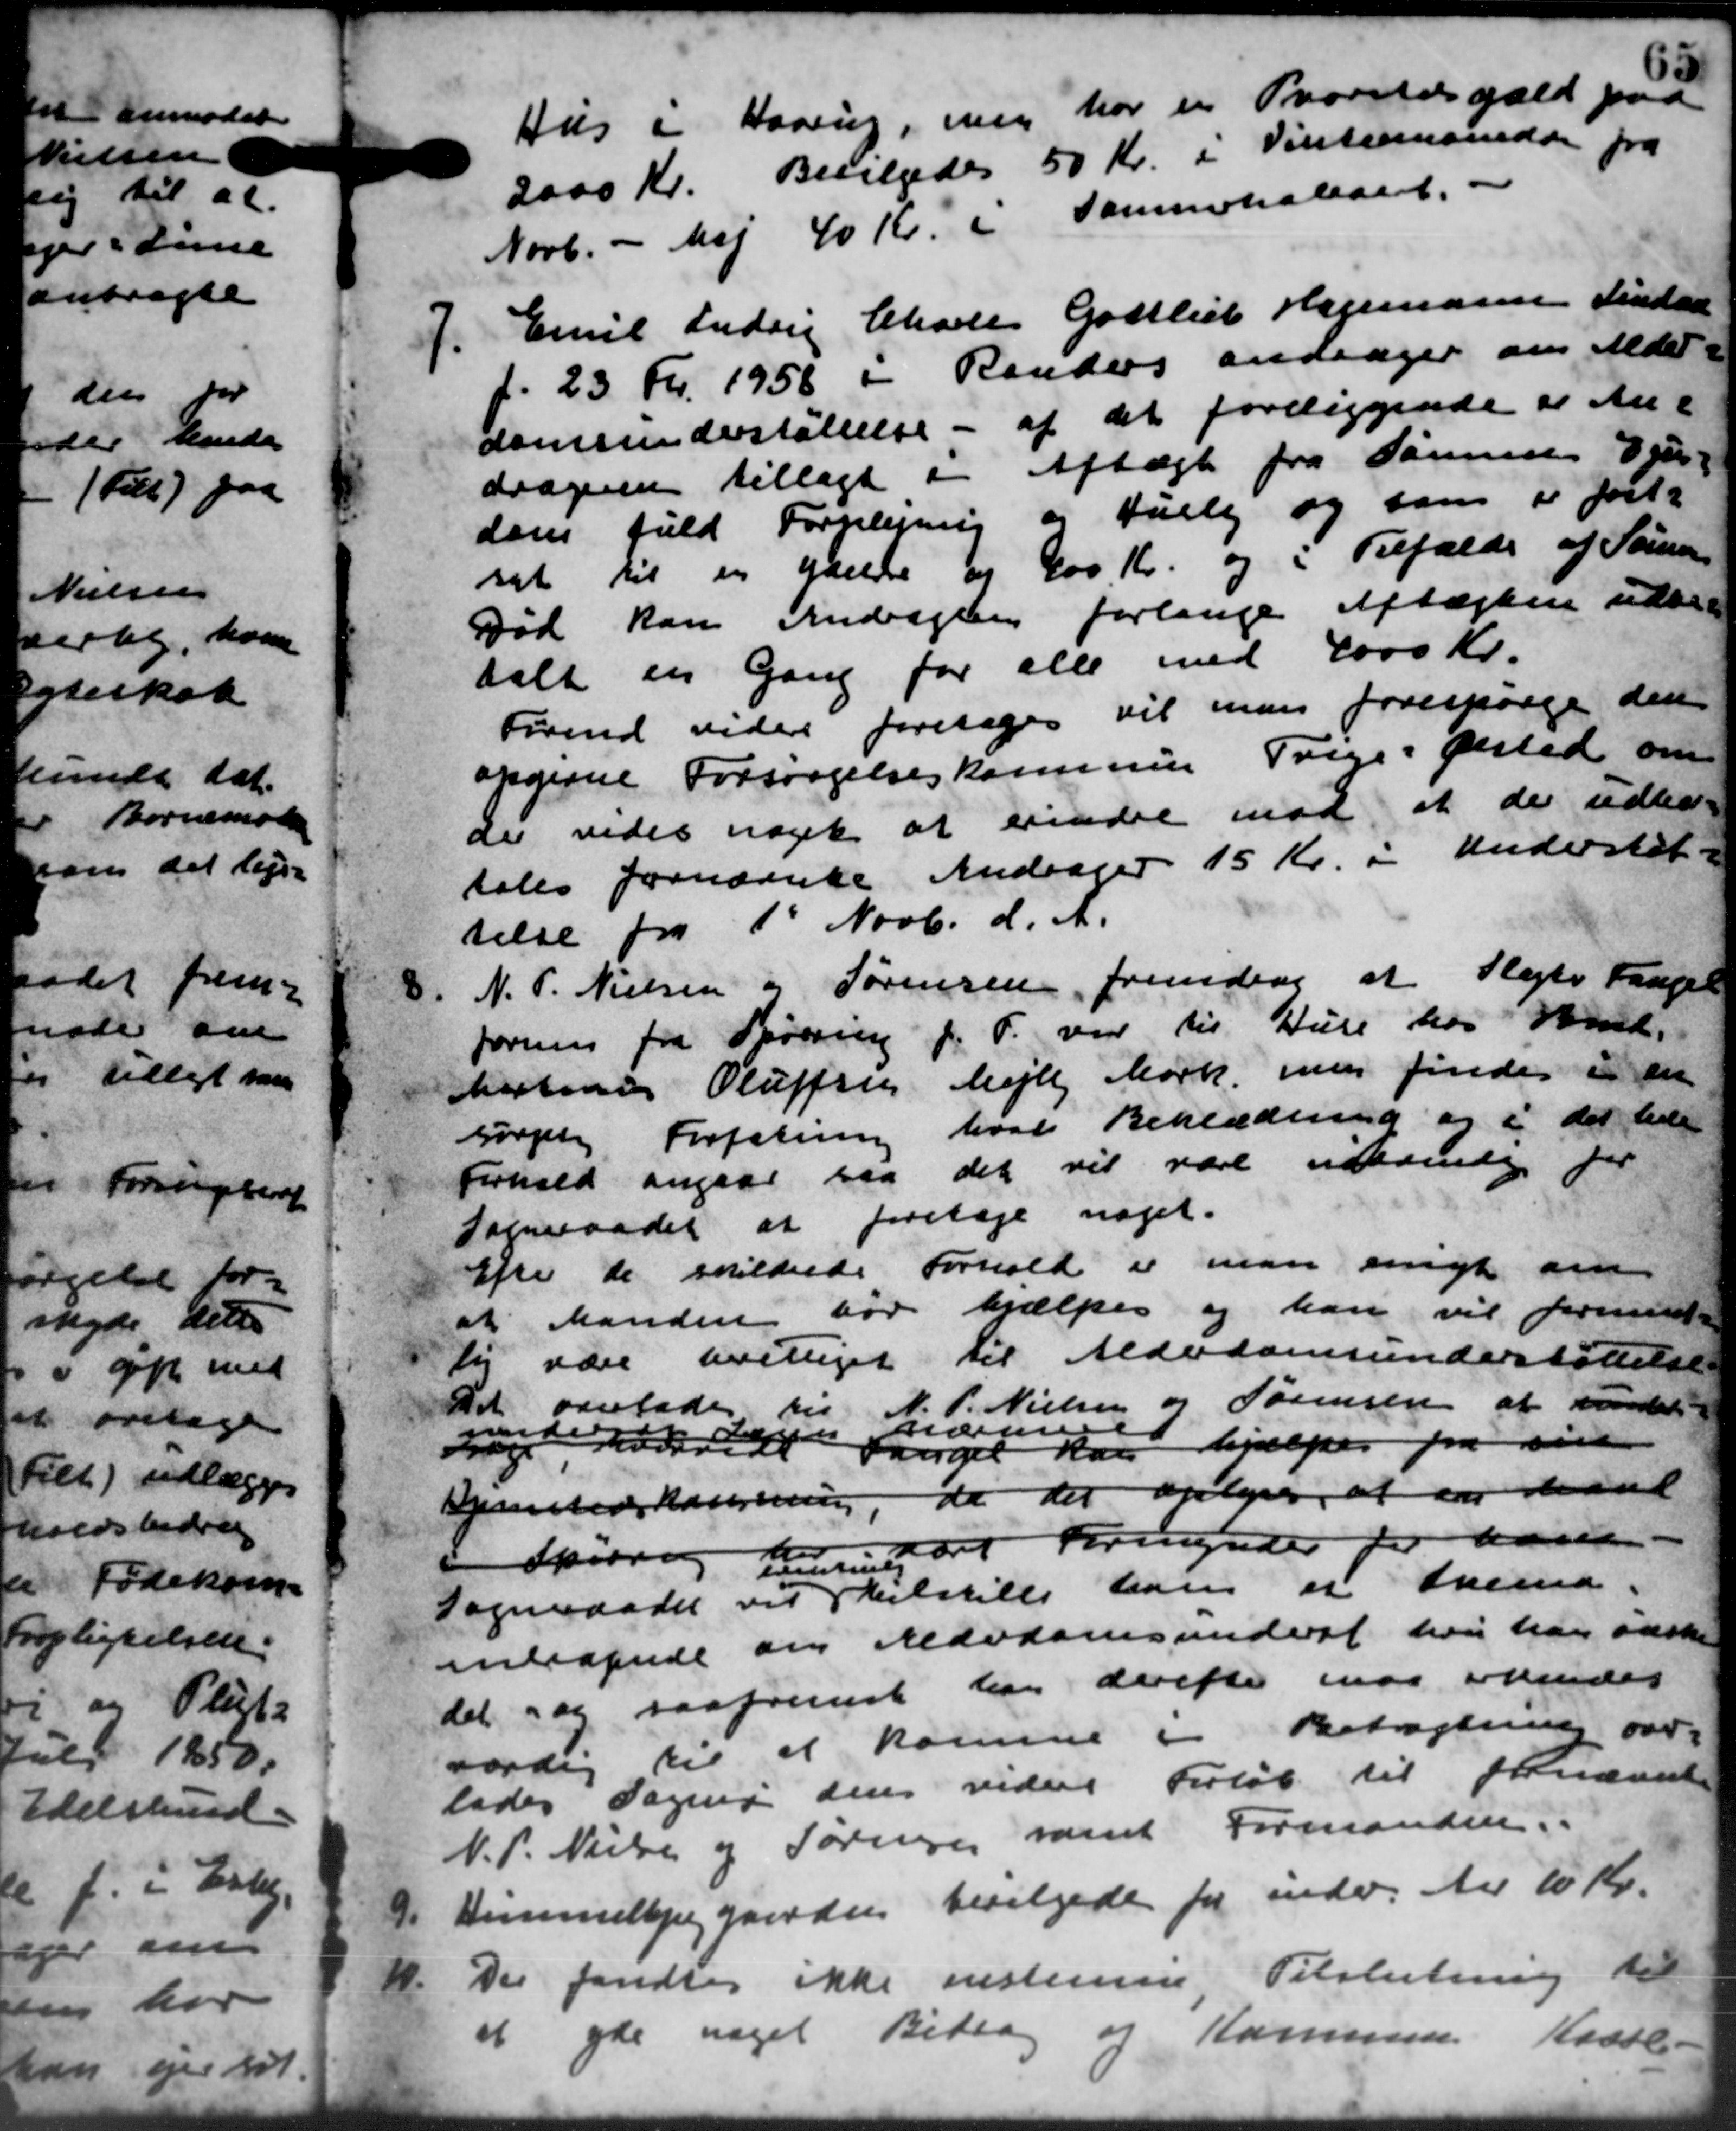
Transskription:
Hus i Haarup, men har en Proveldsgæld paa
2000 Kr. Bevilgedes 50 Kr. i Vintermanden fra
Novb. - Maj 40 Kr. i Sammekalset. -

Emil Ludvig Charles Gottlieb Hegemann Lindaa
f. 23 Kr. 1958 i Randers andrager om Alder-
domsunderstøttelse - af det foreliggende et An-
drageren tillagt i Aftægt fra Sammes Ejen-
dom fuld Forplejning og Hully og som er fast-
set til en Ydelse og 200 Kr. og i Tilfælde af Sørensen
Død kan Andragen forlange Aftægten udbe-
talt en Gang for alle med 4000 Kr.
Førend vider foretages vil man forespørge den
opgivne Forsørgelseskommune Trige i Gelsted om
der vedes noget at erindre mod at der udbe-
tales fornævnte Andrager 15 Kr. i Understøt-
telse fra 1' Novb. d. A.

N. P. Nielsen og Sørensen fremdrag at Plejte Fangel
forning fra Spørring f. T. var til Huse hos Hmd.
estine Oluffsig hejll Mørk men findes i en
sørgels Forfatning hvad Beklædning og i det lede
Forhold angaar saa det vil være uderende for
Sogneraadet at foretage noget.
Efter de skildende Forhold er man enigt om
at Manden for hjælpes og han vil formand -
til være uvilliget til Alderdomsunderstøttelse
Det overlades til N. P. Nielsen og Sørensen at saal

nage uende havde Fangel kan hjælper fra sin
Gjenstedskassening, da der oplyses, at en Mand
Spodrig Lemming oit Formynder for han
Sogneraadet vil

Melstille ham er tvend
mnlaagende om Aldværnsunderst da han ønske
det og saafremst han derefte maa ovendes
værdig til at komme i Betagtning over
lades Sogner den videre Forløb til fornævnte
N. P. Nielsen og Sørensen samt Formanden.
9.
Vimmelbjerg gaarden bevilgede for indv. til 10 Kr.
11.
Der fandtes ikke enstemme Tilslutning til
at yde noget Bidrag og Kommune. Kasse